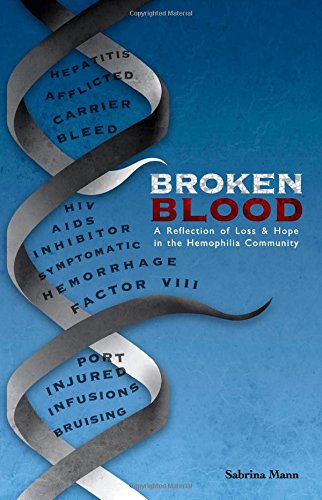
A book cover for Broken Blood: A reflection of Loss and Hope in the Hemophilia Community; Sabrina A Mann; Health, Fitness & Dieting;